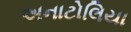
અનાટોલિયા